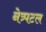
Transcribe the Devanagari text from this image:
नेत्र्पटल